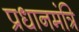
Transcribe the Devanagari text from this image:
प्रधानमंत्रि